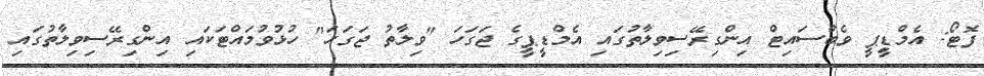
ފޮޓޯ: އެމްޑީޕީ ވެބްސައިޓް އިންގިރޭސިވިލާތުގައި އެމްޑީޕީގެ ޖަގަހަ "ވިލާތު ޖަގަހަ" ހުޅުވުމައްޓަކައި އިންގިރޭސިވިލާތުގައި